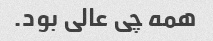
همه چی عالی بود.